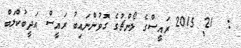
:  21